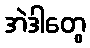
အဲဒါတွေ